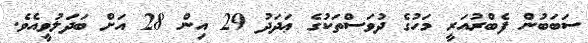
ސަބަބުން ފެބްރުއަރީ މަހުގެ ދުވަސްތަކުގެ ޢަދަދު 29 އިން 28 އަށް ބަދަލުވީއެވެ.